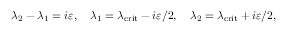
\lambda _ { 2 } - \lambda _ { 1 } = i \varepsilon , \quad \lambda _ { 1 } = \lambda _ { \mathrm { c r i t } } - i \varepsilon / 2 , \quad \lambda _ { 2 } = \lambda _ { \mathrm { c r i t } } + i \varepsilon / 2 ,